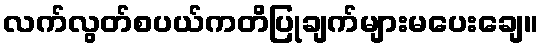
လက်လွတ်စပယ်ကတိပြုချက်များမပေးချေ။